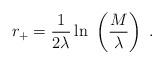
LaTeX: \begin{align*}r_+ = \frac{1}{2\lambda} \ln \ \left(\frac{M}{\lambda}\right) \ .\end{align*}